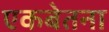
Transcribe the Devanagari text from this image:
एकबेतना